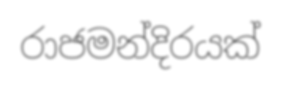
රාජමන්දිරයක්